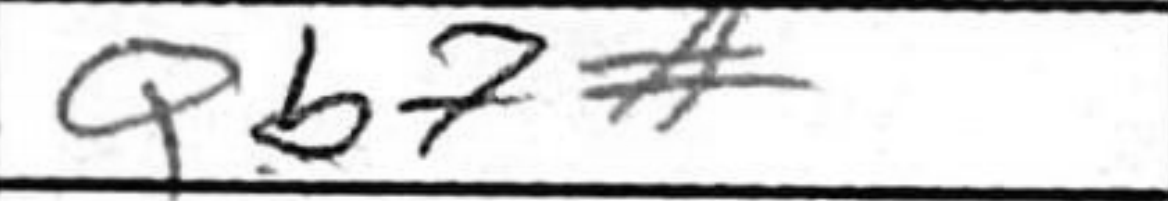
Transcription: Qb7#